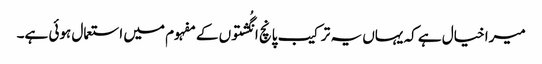
میرا خیال ہے کہ یہاں یہ ترکیب پانچ انگُشتوں کے مفہوم میں استعمال ہوئی ہے۔